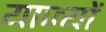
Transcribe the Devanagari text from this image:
याज्यों